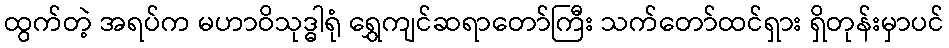
ထွက်တဲ့ အရပ်က မဟာဝိသုဒ္ဓါရုံ ရွှေကျင်ဆရာတော်ကြီး သက်တော်ထင်ရှား ရှိတုန်းမှာပင်